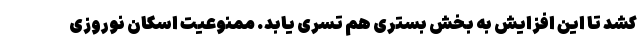
کشد تا این افزایش به بخش بستری هم تسری یابد. ممنوعیت اسکان نوروزی